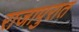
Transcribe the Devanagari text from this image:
राजापुरात